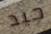
جيد